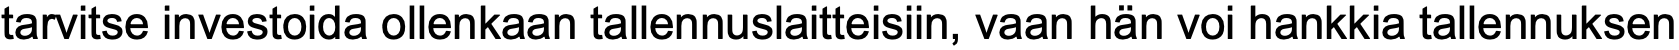
tarvitse investoida ollenkaan tallennuslaitteisiin, vaan hän voi hankkia tallennuksen